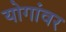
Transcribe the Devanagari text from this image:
योगांवर